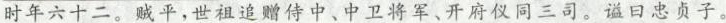
时年六十二。贼平，世祖追赠侍中、中卫将军、开府仪同三司。谥曰忠贞子。